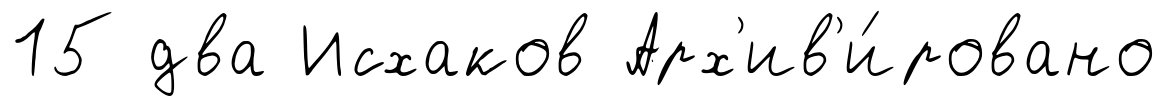
15 два Исхаков Арх'ив'и́ровано